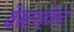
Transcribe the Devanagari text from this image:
वेस्टरहोल्ट